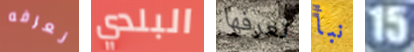
نعرفه البلدي تعرفها نبأ 15